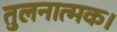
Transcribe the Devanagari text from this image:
तुलनात्मक।